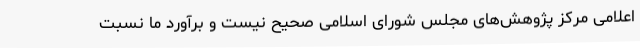
اعلامی مرکز پژوهش‌های مجلس شورای اسلامی صحیح نیست و برآورد ما نسبت